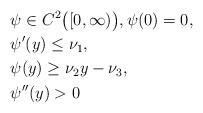
LaTeX: \begin{align*} &\psi\in C^2\big([0,\infty)\big), \psi(0)=0,\\ &\psi'(y)\leq \nu_1,\\ &\psi(y)\geq\nu_2y-\nu_3,\\ &\psi''(y)>0\end{align*}